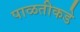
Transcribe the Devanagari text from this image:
पाळतीकडे